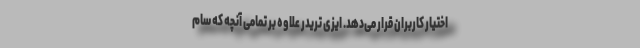
اختیار کاربران قرار می‌دهد. ایزی تریدر علاوه بر تمامی آنچه که سام